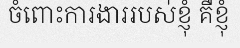
ចំពោះការងាររបស់ខ្ញុំ គឺខ្ញុំ